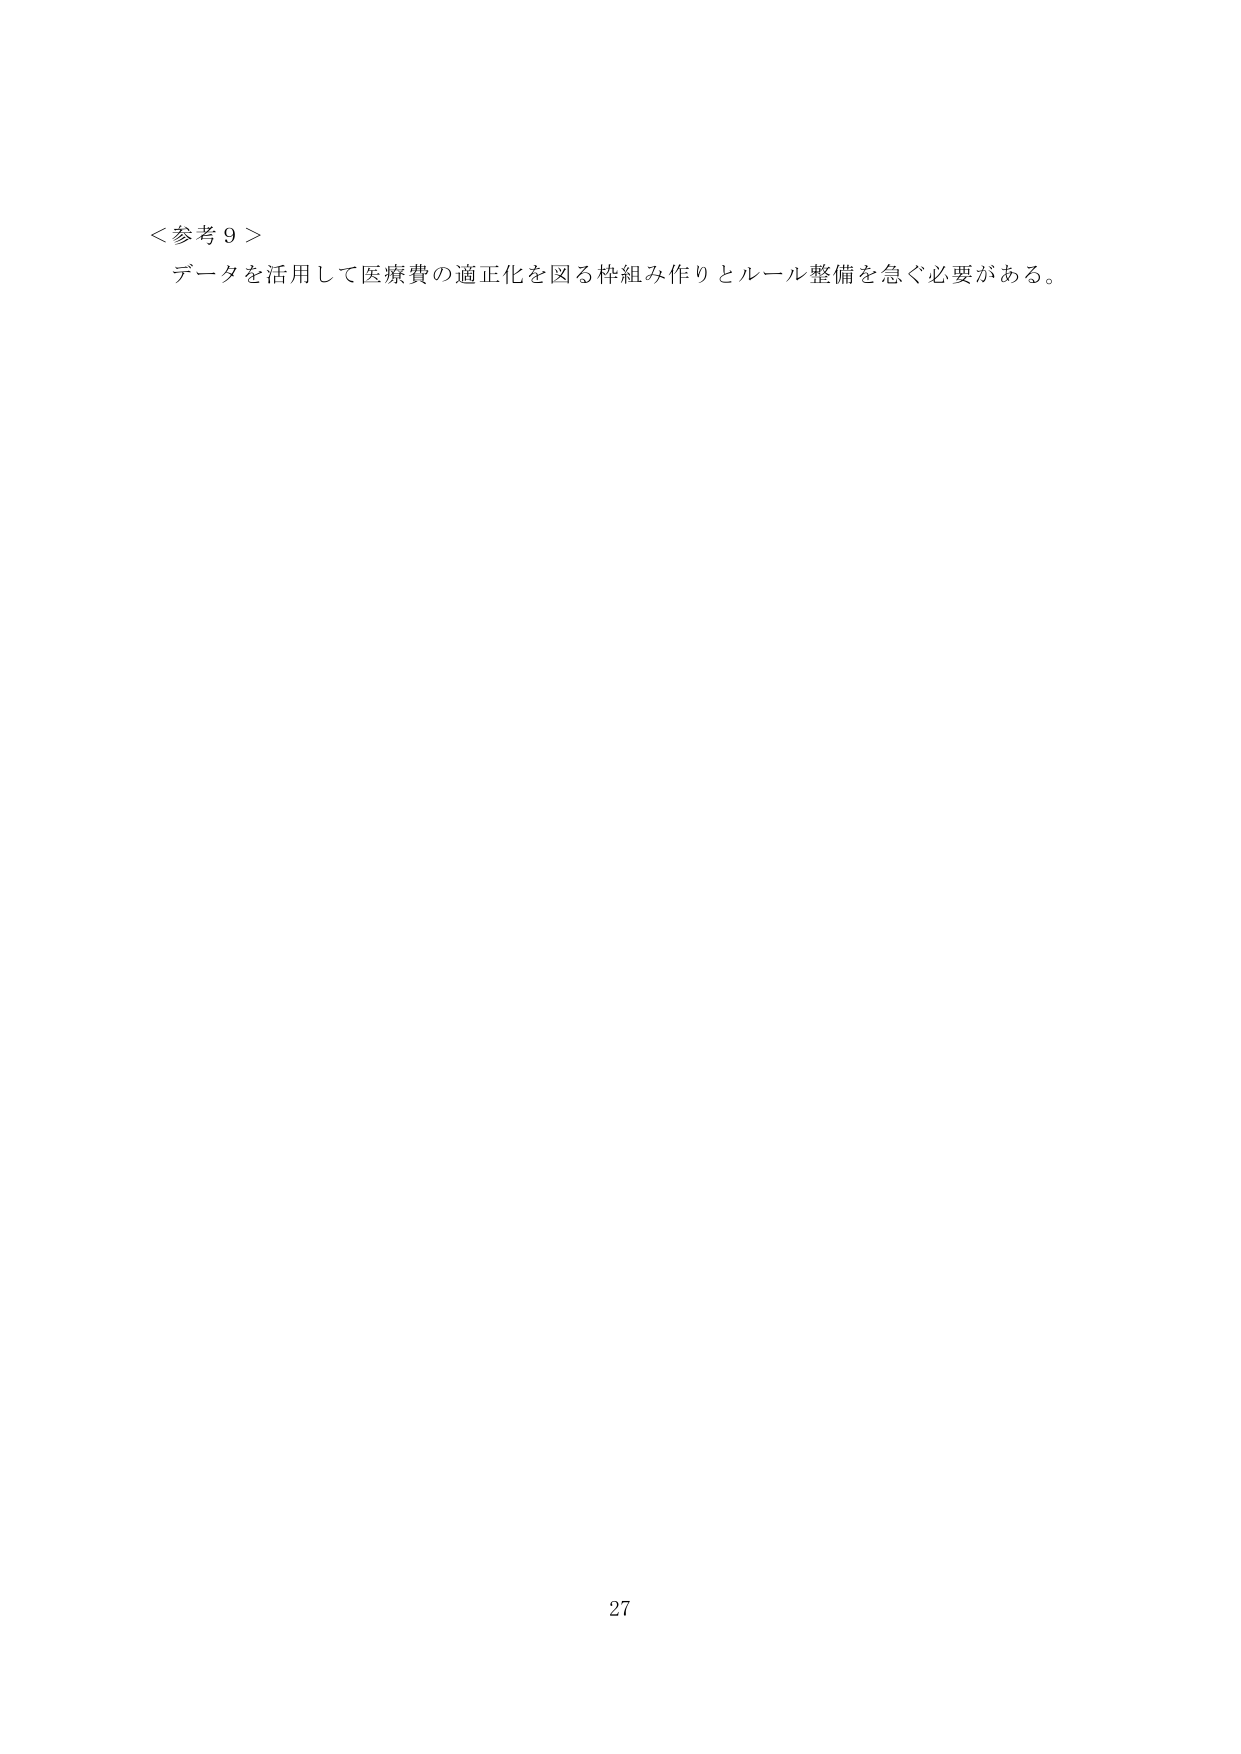
＜参考９＞
データを活用して医療費の適正化を図る枠組み作りとルール整備を急ぐ必要がある。
27